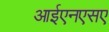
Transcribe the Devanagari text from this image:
आईएनएसए